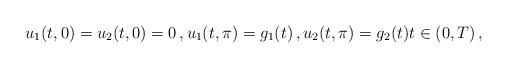
LaTeX: \begin{align*}u_1(t,0)=u_2(t,0)=0\,,u_1(t,\pi)=g_1(t)\,,u_2(t,\pi)=g_2(t)t\in (0,T) \,,\end{align*}